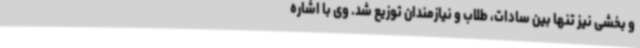
و بخشی نیز تنها بین سادات، طلاب و نیازمندان توزیع شد. وی با اشاره